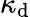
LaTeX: \kappa_{\mathrm{d}}